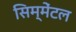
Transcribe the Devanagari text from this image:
सिम्मेंटल